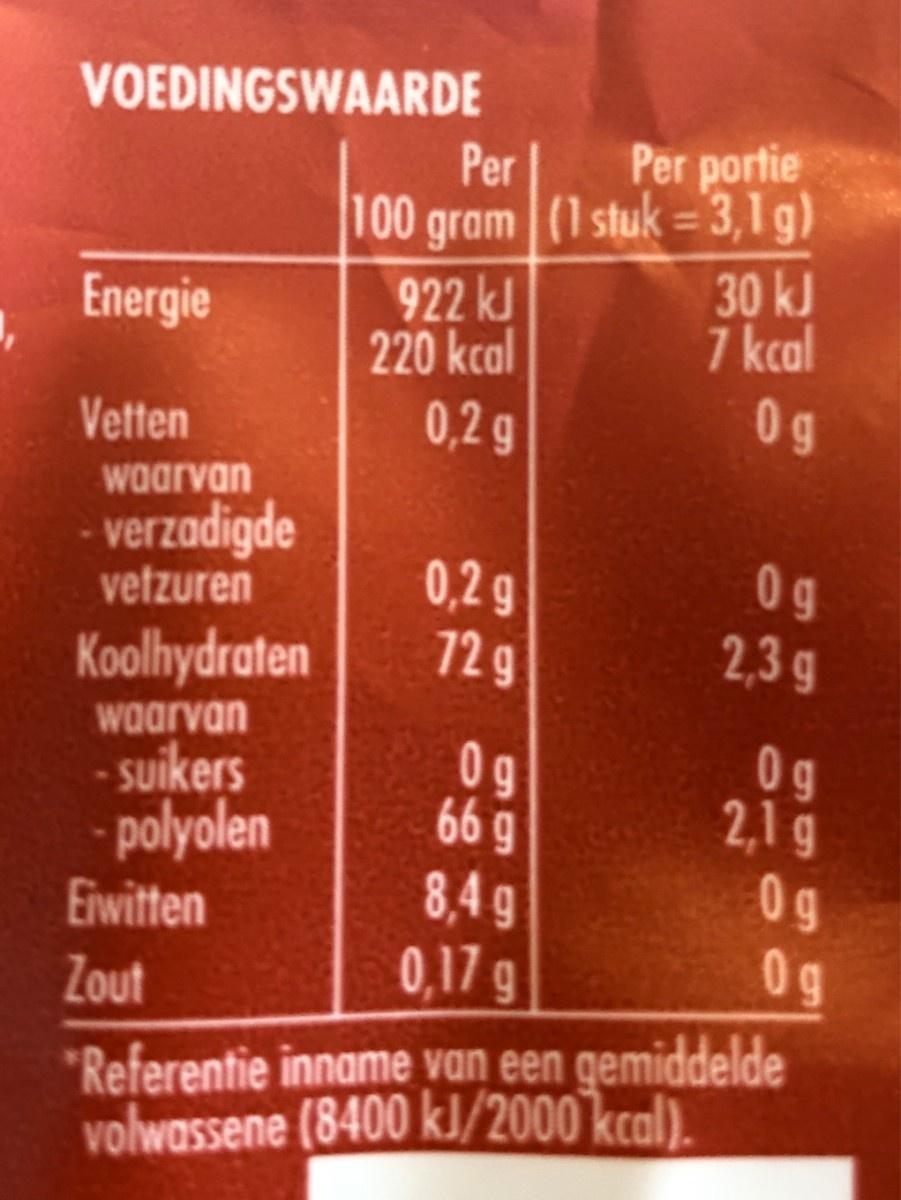
VOEDINGSWAARDE Per Per portie (1 stuk = 3,1 g) 30 kJ 7 kcal 0g 100 gram %3D Energie 922 kJ 220 kcal Vetten 0,2 g waarvan verzadigde 0g 0,2 g 12g vetzuren Koolhydraten 2,3 g waarvan 0g 2,1 g 0g 0g - suikers - polyolen Eiwitten 0g 669 8,4 g 0,17 g Zout "Referentie inname van een gemiddelde volwassene (8400 kJ/2000 kcal). 1H66